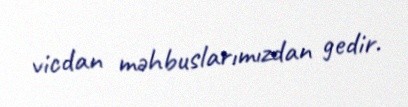
vicdan məhbuslarımızdan gedir.